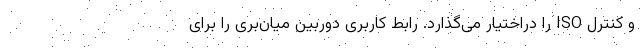
و کنترل ISO را دراختیار می‌گذارد. رابط کاربری دوربین میان‌بری را برای